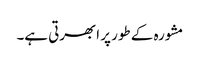
مشورہ کے طور پر ابھرتی ہے۔